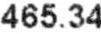
465.34